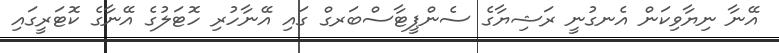
އޭނާ ނިޔާވިކަން އެނގުނީ ރަޝިޔާގެ ސެންޕީޓާސްބަރގް ގައި އޭނާހުރި ހޮޓަލުގެ އޭނާގެ ކޮޓަރީގައި